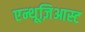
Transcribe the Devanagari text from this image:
एन्थूज़िआस्ट